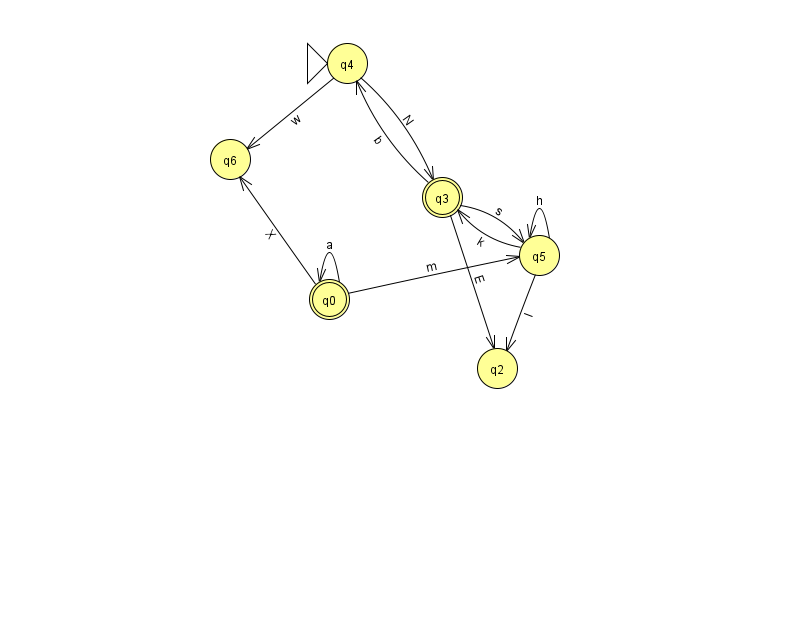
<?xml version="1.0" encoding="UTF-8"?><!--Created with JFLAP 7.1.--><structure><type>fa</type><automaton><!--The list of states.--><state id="0" name="q0"><x>329.0</x><y>286.0</y><final/></state><state id="2" name="q2"><x>497.0</x><y>355.0</y></state><state id="3" name="q3"><x>442.0</x><y>184.0</y><final/></state><state id="4" name="q4"><x>347.0</x><y>50.0</y><initial/></state><state id="5" name="q5"><x>539.0</x><y>242.0</y></state><state id="6" name="q6"><x>230.0</x><y>146.0</y></state><!--The list of transitions.--><transition><from>3</from><to>4</to><read>b</read></transition><transition><from>0</from><to>0</to><read>a</read></transition><transition><from>3</from><to>5</to><read>s</read></transition><transition><from>3</from><to>2</to><read>E</read></transition><transition><from>0</from><to>5</to><read>m</read></transition><transition><from>5</from><to>5</to><read>h</read></transition><transition><from>0</from><to>6</to><read>X</read></transition><transition><from>5</from><to>2</to><read>I</read></transition><transition><from>5</from><to>3</to><read>k</read></transition><transition><from>4</from><to>3</to><read>N</read></transition><transition><from>4</from><to>6</to><read>w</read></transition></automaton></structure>